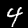
Label: 4